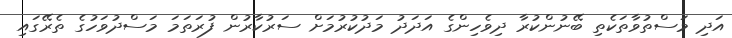
އަދި މަސްތުވާތަކެތި ބޭނުންކުރާ ދިވެހިންގެ އަދަދު މަދުކުރުމަށް ސަރުކާރުން ފުރަތަމަ މަސްދުވަހުގެ ތެރޭގައި